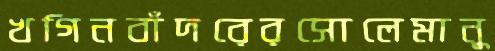
খগিনবাঁদরেরসোলেমানু